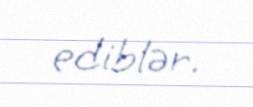
ediblər.